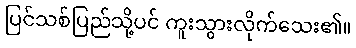
ပြင်သစ်ပြည်သို့ပင် ကူးသွားလိုက်သေး၏။